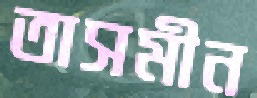
তাসমীন